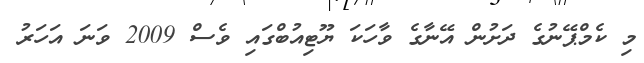
މި ކެމްޕޭނުގެ ދަށުން އޭނާގެ ވާހަކަ ޔޫޓިއުބްގައި ވެސް 2009 ވަނަ އަހަރު